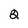
Character: 2